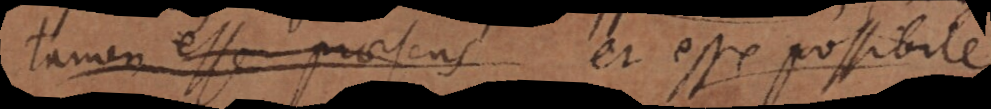
tamen esse praesens et esse possibile